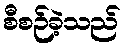
စီစဉ်ခဲ့သည်